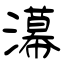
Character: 濗